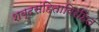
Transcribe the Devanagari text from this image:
शब्दसंहिताविरहित